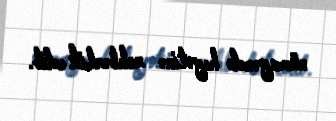
nümayəndə heyətinə rəhbərlik edib.